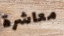
معاشرة